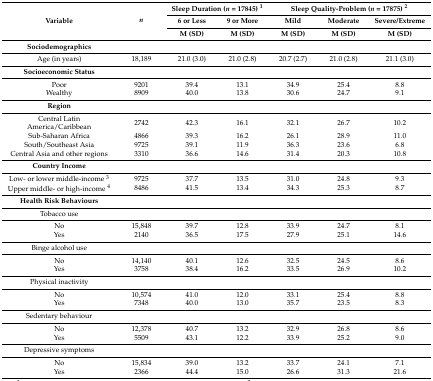
<table><thead><tr><td rowspan="3"><b>Variable</b></td><td rowspan="3"><b><i>n</i></b></td><td colspan="2"><b>Sleep Duration (<i>n =</i> 17845) <sup>1</sup></b></td><td colspan="3"><b>Sleep Quality-Problem (<i>n =</i> 17875) <sup>2</sup></b></td></tr><tr><td><b>6 or Less</b></td><td><b>9 or More</b></td><td><b>Mild</b></td><td><b>Moderate</b></td><td><b>Severe/Extreme</b></td></tr><tr><td><b>M (SD)</b></td><td><b>M (SD)</b></td><td><b>M (SD)</b></td><td><b>M (SD)</b></td><td><b>M (SD)</b></td></tr></thead><tbody><tr><td><b>Sociodemographics</b></td><td></td><td></td><td></td><td></td><td></td><td></td></tr><tr><td>Age (in years)</td><td>18,189</td><td>21.0 (3.0)</td><td>21.0 (2.8)</td><td>20.7 (2.7)</td><td>21.0 (2.8)</td><td>21.1 (3.0)</td></tr><tr><td><b>Socioeconomic Status</b></td><td></td><td></td><td></td><td></td><td></td><td></td></tr><tr><td>Poor</td><td>9201</td><td>39.4</td><td>13.1</td><td>34.9</td><td>25.4</td><td>8.8</td></tr><tr><td>Wealthy</td><td>8909</td><td>40.0</td><td>13.8</td><td>30.6</td><td>24.7</td><td>9.1</td></tr><tr><td><b>Region</b></td><td></td><td></td><td></td><td></td><td></td><td></td></tr><tr><td>Central Latin America/Caribbean</td><td>2742</td><td>42.3</td><td>16.1</td><td>32.1</td><td>26.7</td><td>10.2</td></tr><tr><td>Sub-Saharan Africa</td><td>4866</td><td>39.3</td><td>16.2</td><td>26.1</td><td>28.9</td><td>11.0</td></tr><tr><td>South/Southeast Asia</td><td>9725</td><td>39.1</td><td>11.9</td><td>36.3</td><td>23.6</td><td>6.8</td></tr><tr><td>Central Asia and other regions</td><td>3310</td><td>36.6</td><td>14.6</td><td>31.4</td><td>20.3</td><td>10.8</td></tr><tr><td><b>Country Income</b></td><td></td><td></td><td></td><td></td><td></td><td></td></tr><tr><td>Low- or lower middle-income <sup>3</sup></td><td>9725</td><td>37.7</td><td>13.5</td><td>31.0</td><td>24.8</td><td>9.3</td></tr><tr><td>Upper middle- or high-income <sup>4</sup></td><td>8486</td><td>41.5</td><td>13.4</td><td>34.3</td><td>25.3</td><td>8.7</td></tr><tr><td><b>Health Risk Behaviours</b></td><td></td><td></td><td></td><td></td><td></td><td></td></tr><tr><td>Tobacco use</td><td></td><td></td><td></td><td></td><td></td><td></td></tr><tr><td>No</td><td>15,848</td><td>39.7</td><td>12.8</td><td>33.9</td><td>24.7</td><td>8.1</td></tr><tr><td>Yes</td><td>2140</td><td>36.5</td><td>17.5</td><td>27.9</td><td>25.1</td><td>14.6</td></tr><tr><td>Binge alcohol use</td><td></td><td></td><td></td><td></td><td></td><td></td></tr><tr><td>No</td><td>14,140</td><td>40.1</td><td>12.6</td><td>32.5</td><td>24.5</td><td>8.6</td></tr><tr><td>Yes</td><td>3758</td><td>38.4</td><td>16.2</td><td>33.5</td><td>26.9</td><td>10.2</td></tr><tr><td>Physical inactivity</td><td></td><td></td><td></td><td></td><td></td><td></td></tr><tr><td>No</td><td>10,574</td><td>41.0</td><td>12.0</td><td>33.1</td><td>25.4</td><td>8.8</td></tr><tr><td>Yes</td><td>7348</td><td>40.0</td><td>13.0</td><td>35.7</td><td>23.5</td><td>8.3</td></tr><tr><td>Sedentary behaviour</td><td></td><td></td><td></td><td></td><td></td><td></td></tr><tr><td>No</td><td>12,378</td><td>40.7</td><td>13.2</td><td>32.9</td><td>26.8</td><td>8.6</td></tr><tr><td>Yes</td><td>5509</td><td>43.1</td><td>12.2</td><td>33.9</td><td>25.2</td><td>9.0</td></tr><tr><td>Depressive symptoms</td><td></td><td></td><td></td><td></td><td></td><td></td></tr><tr><td>No</td><td>15,834</td><td>39.0</td><td>13.2</td><td>33.7</td><td>24.1</td><td>7.1</td></tr><tr><td>Yes</td><td>2366</td><td>44.4</td><td>15.0</td><td>26.6</td><td>31.3</td><td>21.6</td></tr></tbody></table>